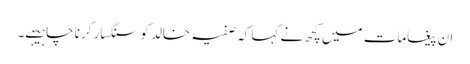
ان پیغامات میں کچھ نے کہا کہ صفیہ خالد کو سنگسار کرنا چاہیہے۔